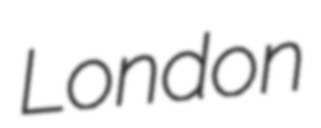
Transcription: London